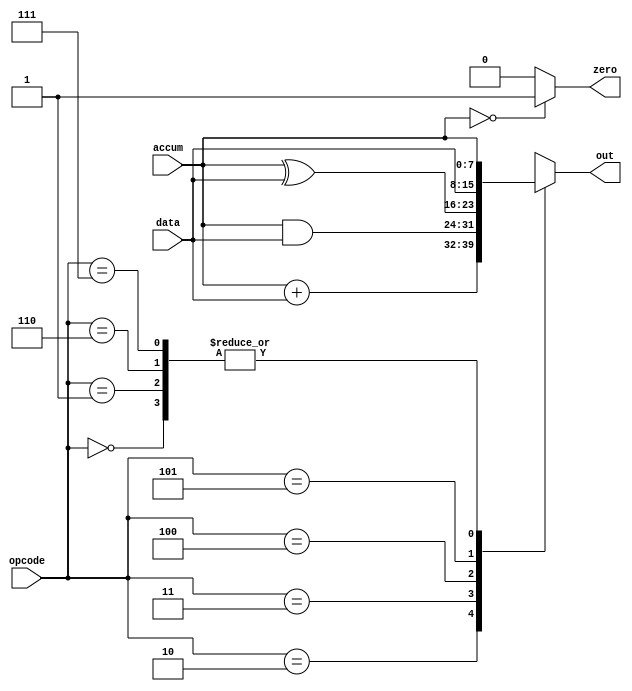
`timescale 1ns/100ps
 module alu(out,zero,opcode,data,accum);
 input [7:0] data,accum;
 input [2:0] opcode;
 output zero;
 output [7:0] out;
 reg [7:0] out; //
 reg zero; 
 
 parameter PASS0 = 3'b000,
           PASS1 = 3'b001,
             ADD   = 3'b010,
             AND   = 3'b011,
             XOR   = 3'b100,
             PASSD = 3'b101,
             PASS6 = 3'b110,
             PASS7 = 3'b111; 
 
// ???????????? 
 always@(opcode or data or accum)
 begin
  if(accum==8'b00000000)
	#1.2 zero=1;
  else
	#1.2 zero=0;
  case(opcode)
  PASS0:#3.5 out=accum;
  PASS1:#3.5 out=accum;
  ADD:#3.5 out=accum+data;
  AND:#3.5 out=accum&data;
  XOR:#3.5 out=accum^data;
  PASSD:#3.5 out=data;
  PASS6:#3.5 out=accum;
  PASS7:#3.5 out=accum;
  default:#3.5 out=8'bx;
endcase
 end

endmodule